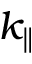
k _ { \parallel }